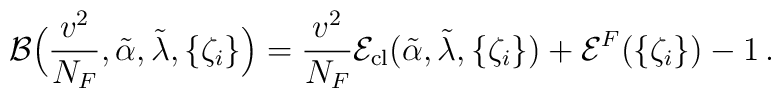
{\cal B}\Bigl(\frac{v^2}{N_F},\tilde{\alpha},\tilde{\lambda},\{\zeta_i\}\Bigr) =\frac{ v^2}{N_F} {\cal E}_{\rm cl}\bigl(\tilde{\alpha}, \tilde{\lambda},\{\zeta_i\}\bigr) + {\cal E}^{F}(\{\zeta_i\})- 1 \, .